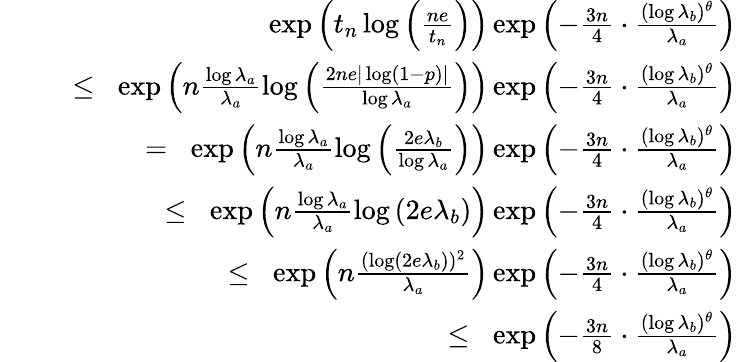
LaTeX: \begin{array}{rlr}&{}&{\exp\left(t_{n}\log\left(\frac{ne}{t_{n}}\right)\right)\exp\left(-\frac{3n}{4}\cdot\frac{(\log{\lambda_{b}})^{\theta}}{\lambda_{a}}\right)}\\ &{}&{\; \; \leq\; \; \exp\left(n\frac{\log{\lambda_{a}}}{\lambda_{a}}\log\left(\frac{2ne|\log(1-p)|}{\log{\lambda_{a}}}\right)\right)\exp\left(-\frac{3n}{4}\cdot\frac{(\log{\lambda_{b}})^{\theta}}{\lambda_{a}}\right)}\\ &{}&{\; \; =\; \; \exp\left(n\frac{\log{\lambda_{a}}}{\lambda_{a}}\log\left(\frac{2e\lambda_{b}}{\log{\lambda_{a}}}\right)\right)\exp\left(-\frac{3n}{4}\cdot\frac{(\log{\lambda_{b}})^{\theta}}{\lambda_{a}}\right)}\\ &{}&{\; \; \leq\; \; \exp\left(n\frac{\log{\lambda_{a}}}{\lambda_{a}}\log\left(2e\lambda_{b}\right)\right)\exp\left(-\frac{3n}{4}\cdot\frac{(\log{\lambda_{b}})^{\theta}}{\lambda_{a}}\right)}\\ &{}&{\; \; \leq\; \; \exp\left(n\frac{(\log(2e\lambda_{b}))^{2}}{\lambda_{a}}\right)\exp\left(-\frac{3n}{4}\cdot\frac{(\log{\lambda_{b}})^{\theta}}{\lambda_{a}}\right)}\\ &{}&{\; \; \leq\; \; \exp\left(-\frac{3n}{8}\cdot\frac{(\log{\lambda}_{b})^{\theta}}{\lambda_{a}}\right)}\end{array}